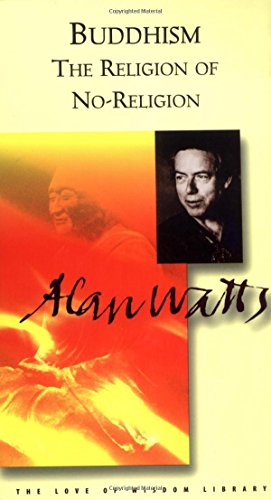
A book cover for Buddhism the Religion of No-Religion (Alan Watts Love of Wisdom); Alan Watts; Religion & Spirituality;